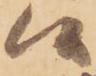
候